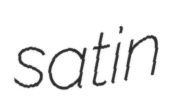
satin